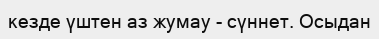
кезде үштен аз жумау - сүннет. Осыдан